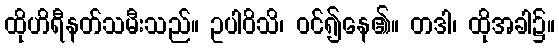
ထိုဟိရီနတ်သမီးသည်။ ဥပါဝိသိ၊ ဝင်၍နေ၏။ တဒါ၊ ထိုအခါ၌။